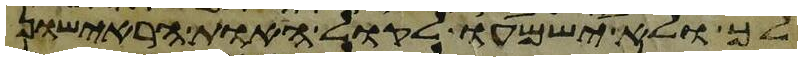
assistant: לך ולא ישמעו לקול האות הראישון